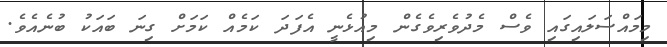
މިމައްސަލައިގައި ވެސް މެދުވެރިވެގެން މިއުޅެނީ އެފަދަ ކަމެއް ކަަމަށް ގިނަ ބައަކު ބުނެއެވެ.